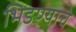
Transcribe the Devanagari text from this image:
भिडण्याचे